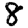
Digit: 8